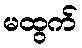
မထွက်